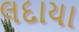
લદાયા